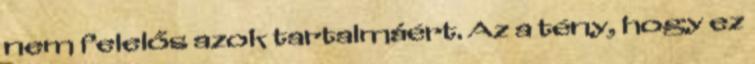
nem felelős azok tartalmáért. Az a tény, hogy ez